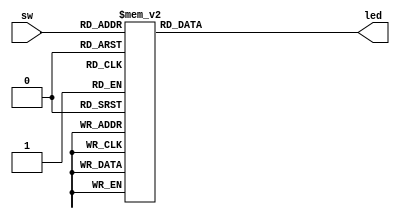
module decode38 (sw,led);
 
	input [2:0] sw;							
	output [7:0] led;					
 
    reg [7:0] led;                  //define an reg variable led. In always blocks, only reg variables can be assigned.

 
	always @ (sw)
	begin
		case(sw)                                 
			3'b000:	led=8'b0111_1111;      
			3'b001:	led=8'b1011_1111;     //bit-wide'(bin|oct|dec|hex)+value represents a constant
			3'b010:	led=8'b1101_1111;
			3'b011:	led=8'b1110_1111;
			3'b100:	led=8'b1111_0111;
			3'b101:	led=8'b1111_1011;
			3'b110: led=8'b1111_1101;
			3'b111:	led=8'b1111_1110;
			default: ;
		endcase
	end
 
endmodule